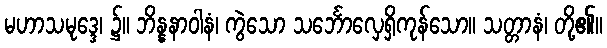
မဟာသမုဒ္ဒေ၊ ၌။ ဘိန္နနာဝါနံ၊ ကွဲသော သင်္ဘောလှေရှိကုန်သော။ သတ္တာနံ၊ တို့၏။